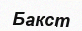
Бакст